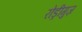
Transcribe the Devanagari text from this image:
रोड्रीगुज़